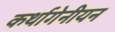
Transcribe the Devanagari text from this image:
कर्थागेनीयन